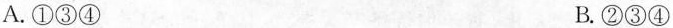
A.①③④ B.②③④